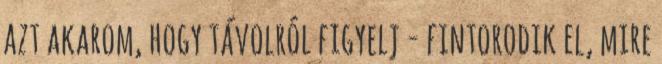
azt akarom, hogy távolról figyelj - fintorodik el, mire